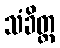
သံခိတ္တ